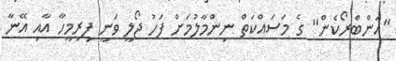
"އަންބްރޯކެން" ގެ މަސައްކަތް ނިންމާލުމަށް ފަހު ޖޯލީ ވަނީ ފިރިމީހާ އާއި އޭނާ